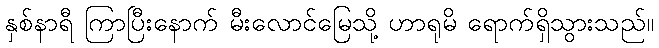
နှစ်နာရီ ကြာပြီးနောက် မီးလောင်မြေသို့ ဟာရုမိ ရောက်ရှိသွားသည်။